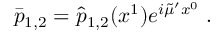
\bar { p } _ { 1 , 2 } = \hat { p } _ { 1 , 2 } ( x ^ { 1 } ) e ^ { i \tilde { \mu } ^ { \prime } x ^ { 0 } } \; .